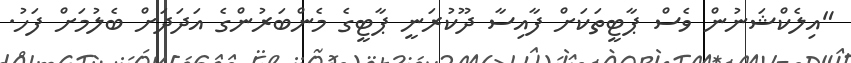
"އިލެކްޝަނުން ވެސް ޕާޓީތަކަށް ފާއިސާ ދޫކުރަނީ ޕާޓީގެ މެންބަރުންގެ އަދަދަށް ބެލުމަށް ފަހު.